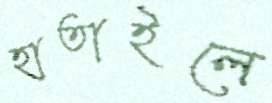
হাতাইলে